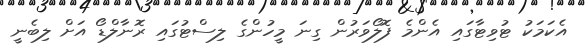
އެކަމަކު ޓުވިޓާގައި އެންމެ ފޮލޯވަރުން ގިނަ މީހުންގެ ލިސްޓުގައި ރޮނާލްޑޯ އަށް ލިބެނީ